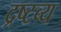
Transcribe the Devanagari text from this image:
द्रष्‍टव्‍य